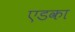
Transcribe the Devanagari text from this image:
एडका